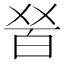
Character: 𤽠